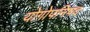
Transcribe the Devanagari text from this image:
योगोपनिषद